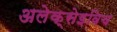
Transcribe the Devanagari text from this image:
अलेक्सेइविच